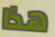
هذا